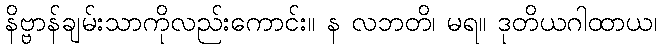
နိဗ္ဗာန်ချမ်းသာကိုလည်းကောင်း။ န လဘတိ၊ မရ။ ဒုတိယဂါထာယ၊